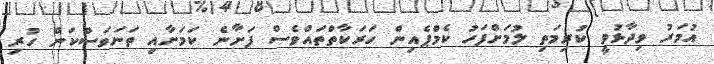
އުމަރު ވިދާޅުވީ ކުރިމަތި ލުމަށްފަހު ކެމްޕެއިން ހަރަކާތްތައްވެސް ފަށާނެ ކަމަށާއި ތަނަވަސްކަން ހުރި